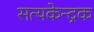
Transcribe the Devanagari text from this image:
सत्यकेन्द्रक